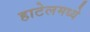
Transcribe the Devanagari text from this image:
हाटेलमध्ये